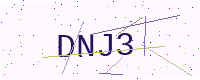
Text: DNJ3